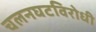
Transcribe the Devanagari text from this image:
चलनघटविरोधी